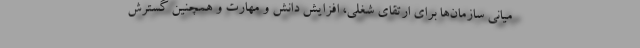
میانی سازمان‌ها برای ارتقای شغلی، افزایش دانش و مهارت و همچنین گسترش